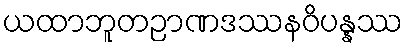
ယထာဘူတဉာဏဒဿနဝိပန္နဿ